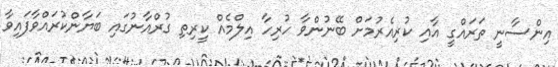
އިންސާނީ ތަރައްގީ އާއި ކުރިއެރުމަށް ބޭނުންވާ ހުރިހާ އިލްމެއް ކީރިތި ގުރްއާނުގައި ބަޔާންކުރައްވާފައިވާ